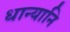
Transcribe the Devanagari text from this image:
धान्यानि